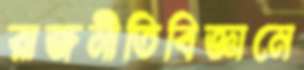
রাজনীতিবিজ্ঞানে